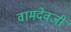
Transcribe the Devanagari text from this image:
वामदेवजी